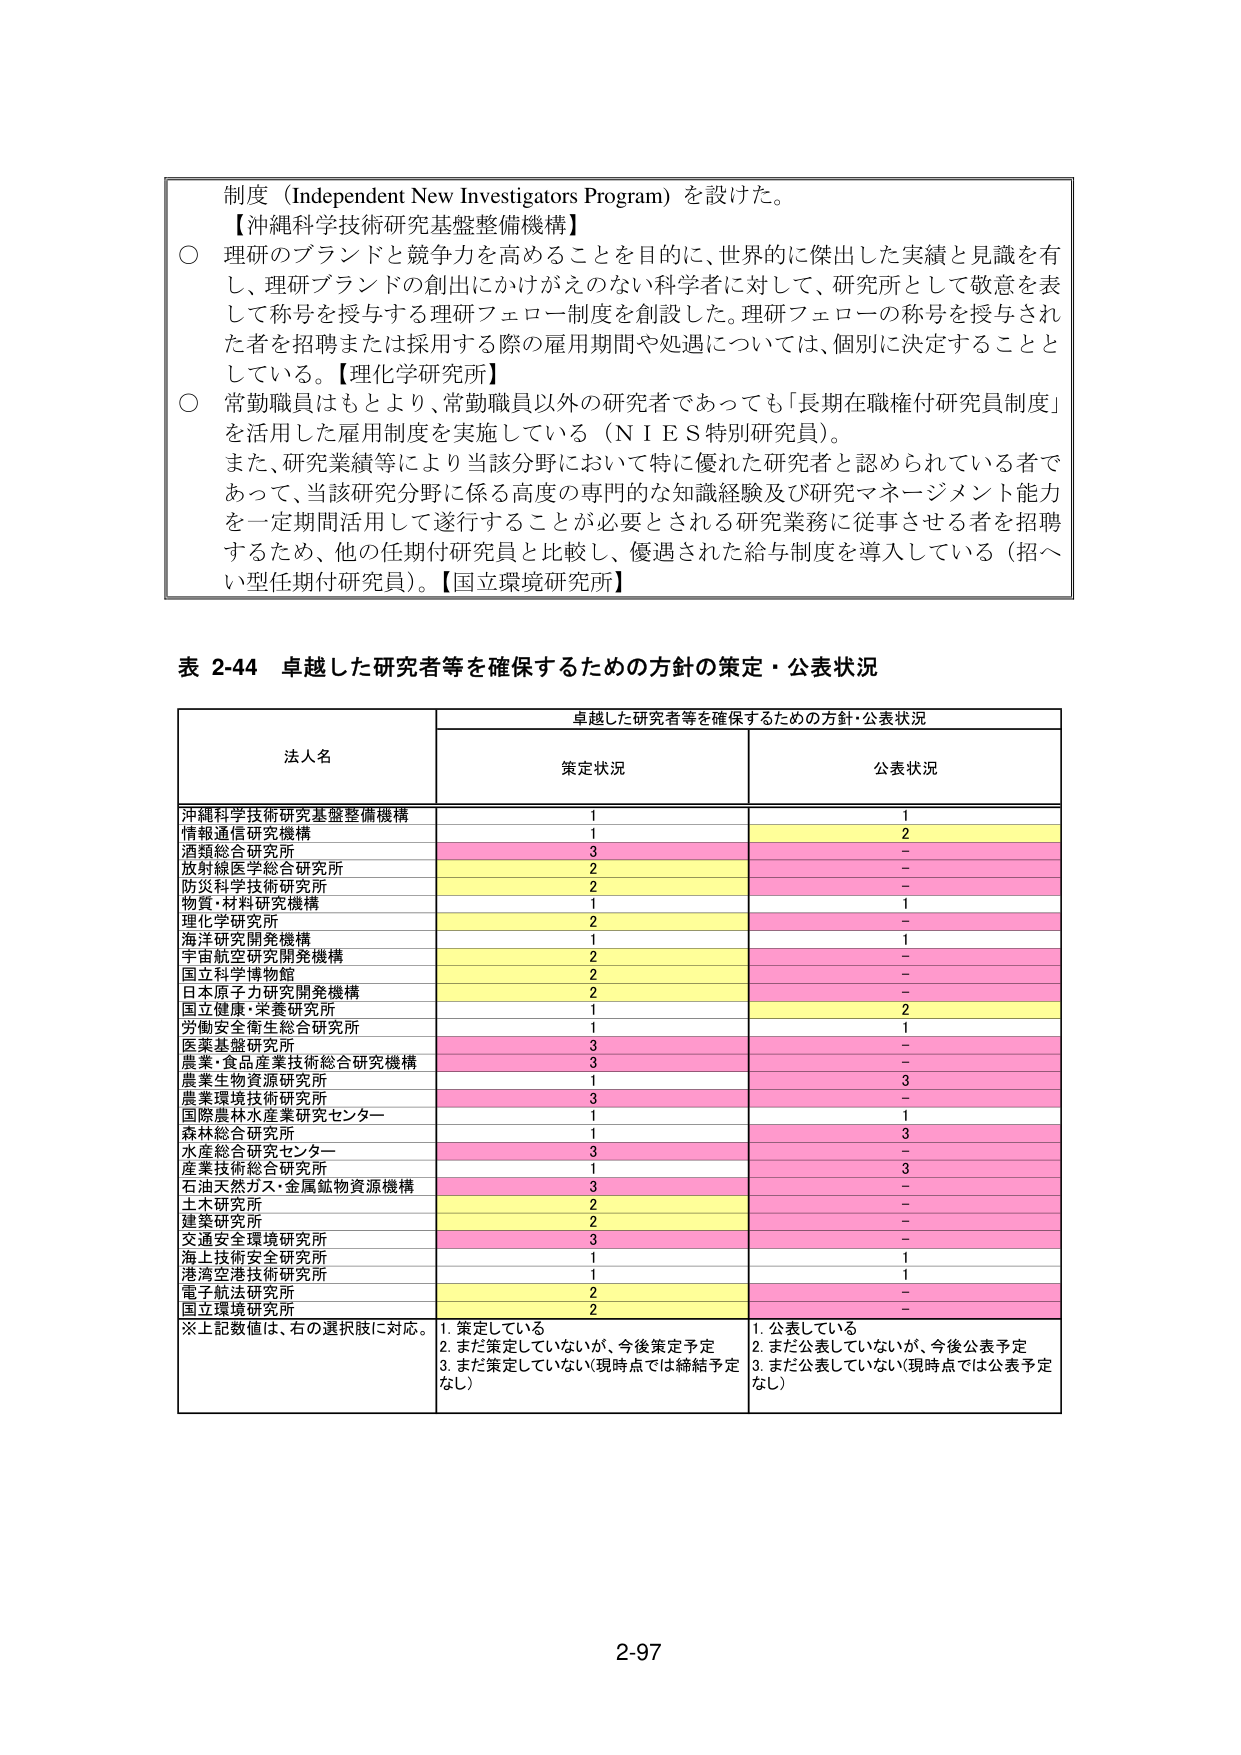
制度（Independent New Investigators Program）を設けた。
【沖縄科学技術研究基盤整備機構】
○ 理研のブランドと競争力を高めることを目的に、世界的に傑出した実績と見識を有し、理研ブランドの創出にかけがえのない科学者に対して、研究所として敬意を表して称号を授与する理研フェロー制度を創設した。理研フェローの称号を授与された者を招聘または採用する際の雇用期間や処遇については、個別に決定することとしている。【理化学研究所】
○ 常勤職員はもとより、常勤職員以外の研究者であっても「長期在職権付研究員制度」を活用した雇用制度を実施している（ＮＩＥＳ特別研究員）。
また、研究業績等により当該分野において特に優れた研究者と認められている者であって、当該研究分野に係る高度の専門的な知識経験及び研究マネージメント能力を一定期間活用して遂行することが必要とされる研究業務に従事させる者を招聘するため、他の任期付研究員と比較し、優遇された給与制度を導入している（招へい型任期付研究員）。【国立環境研究所】

表 2-44 卓越した研究者等を確保するための方針の策定・公表状況

| 法人名 | 卓越した研究者等を確保するための方針・公表状況 | |
| :--- | :--- | :--- |
| | 策定状況 | 公表状況 |
| 沖縄科学技術研究基盤整備機構 | 1 | 1 |
| 情報通信研究機構 | 1 | 2 |
| 酒類総合研究所 | 3 | - |
| 放射線医学総合研究所 | 2 | - |
| 防災科学技術研究所 | 2 | - |
| 物質・材料研究機構 | 1 | 1 |
| 理化学研究所 | 2 | - |
| 海洋研究開発機構 | 1 | 1 |
| 宇宙航空研究開発機構 | 2 | - |
| 国立科学博物館 | 2 | - |
| 日本原子力研究開発機構 | 2 | - |
| 国立健康・栄養研究所 | 1 | 2 |
| 労働安全衛生総合研究所 | 1 | 1 |
| 医薬基盤研究所 | 3 | - |
| 農業・食品産業技術総合研究機構 | 3 | - |
| 農業生物資源研究所 | 1 | 3 |
| 農業環境技術研究所 | 3 | - |
| 国際農林水産業研究センター | 1 | 1 |
| 森林総合研究所 | 1 | 3 |
| 水産総合研究センター | 3 | - |
| 産業技術総合研究所 | 1 | 3 |
| 石油天然ガス・金属鉱物資源機構 | 3 | - |
| 土木研究所 | 2 | - |
| 建築研究所 | 2 | - |
| 交通安全環境研究所 | 3 | - |
| 海上技術安全研究所 | 1 | 1 |
| 港湾空港技術研究所 | 1 | 1 |
| 電子航法研究所 | 2 | - |
| 国立環境研究所 | 2 | - |

※上記数値は、右の選択肢に対応。
1. 策定している
2. まだ策定していないが、今後策定予定
3. まだ策定していない（現時点では締結予定なし）
1. 公表している
2. まだ公表していないが、今後公表予定
3. まだ公表していない（現時点では公表予定なし）

2-97